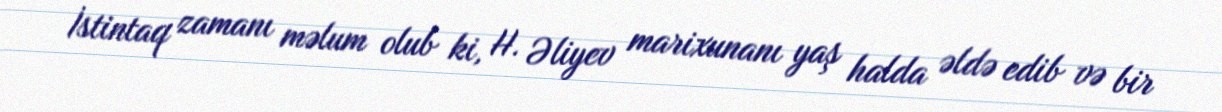
İstintaq zamanı məlum olub ki, H. Əliyev marixunanı yaş halda əldə edib və bir